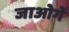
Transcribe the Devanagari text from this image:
जाओगें